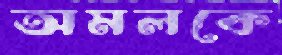
অমলকে